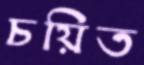
চয়িত